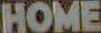
HOME